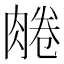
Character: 𦝘